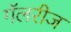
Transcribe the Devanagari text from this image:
गॅलरीज